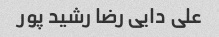
علی دایی رضا رشید پور